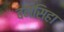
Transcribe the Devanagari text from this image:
बनसिहा